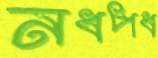
নধপধ